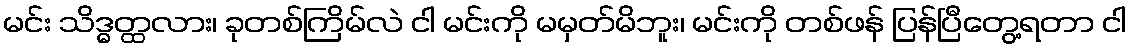
မင်း သိဒ္ဓတ္ထလား၊ ခုတစ်ကြိမ်လဲ ငါ မင်းကို မမှတ်မိဘူး၊ မင်းကို တစ်ဖန် ပြန်ပြီတွေ့ရတာ ငါ